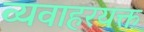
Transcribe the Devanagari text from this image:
व्यवाहरयक्त